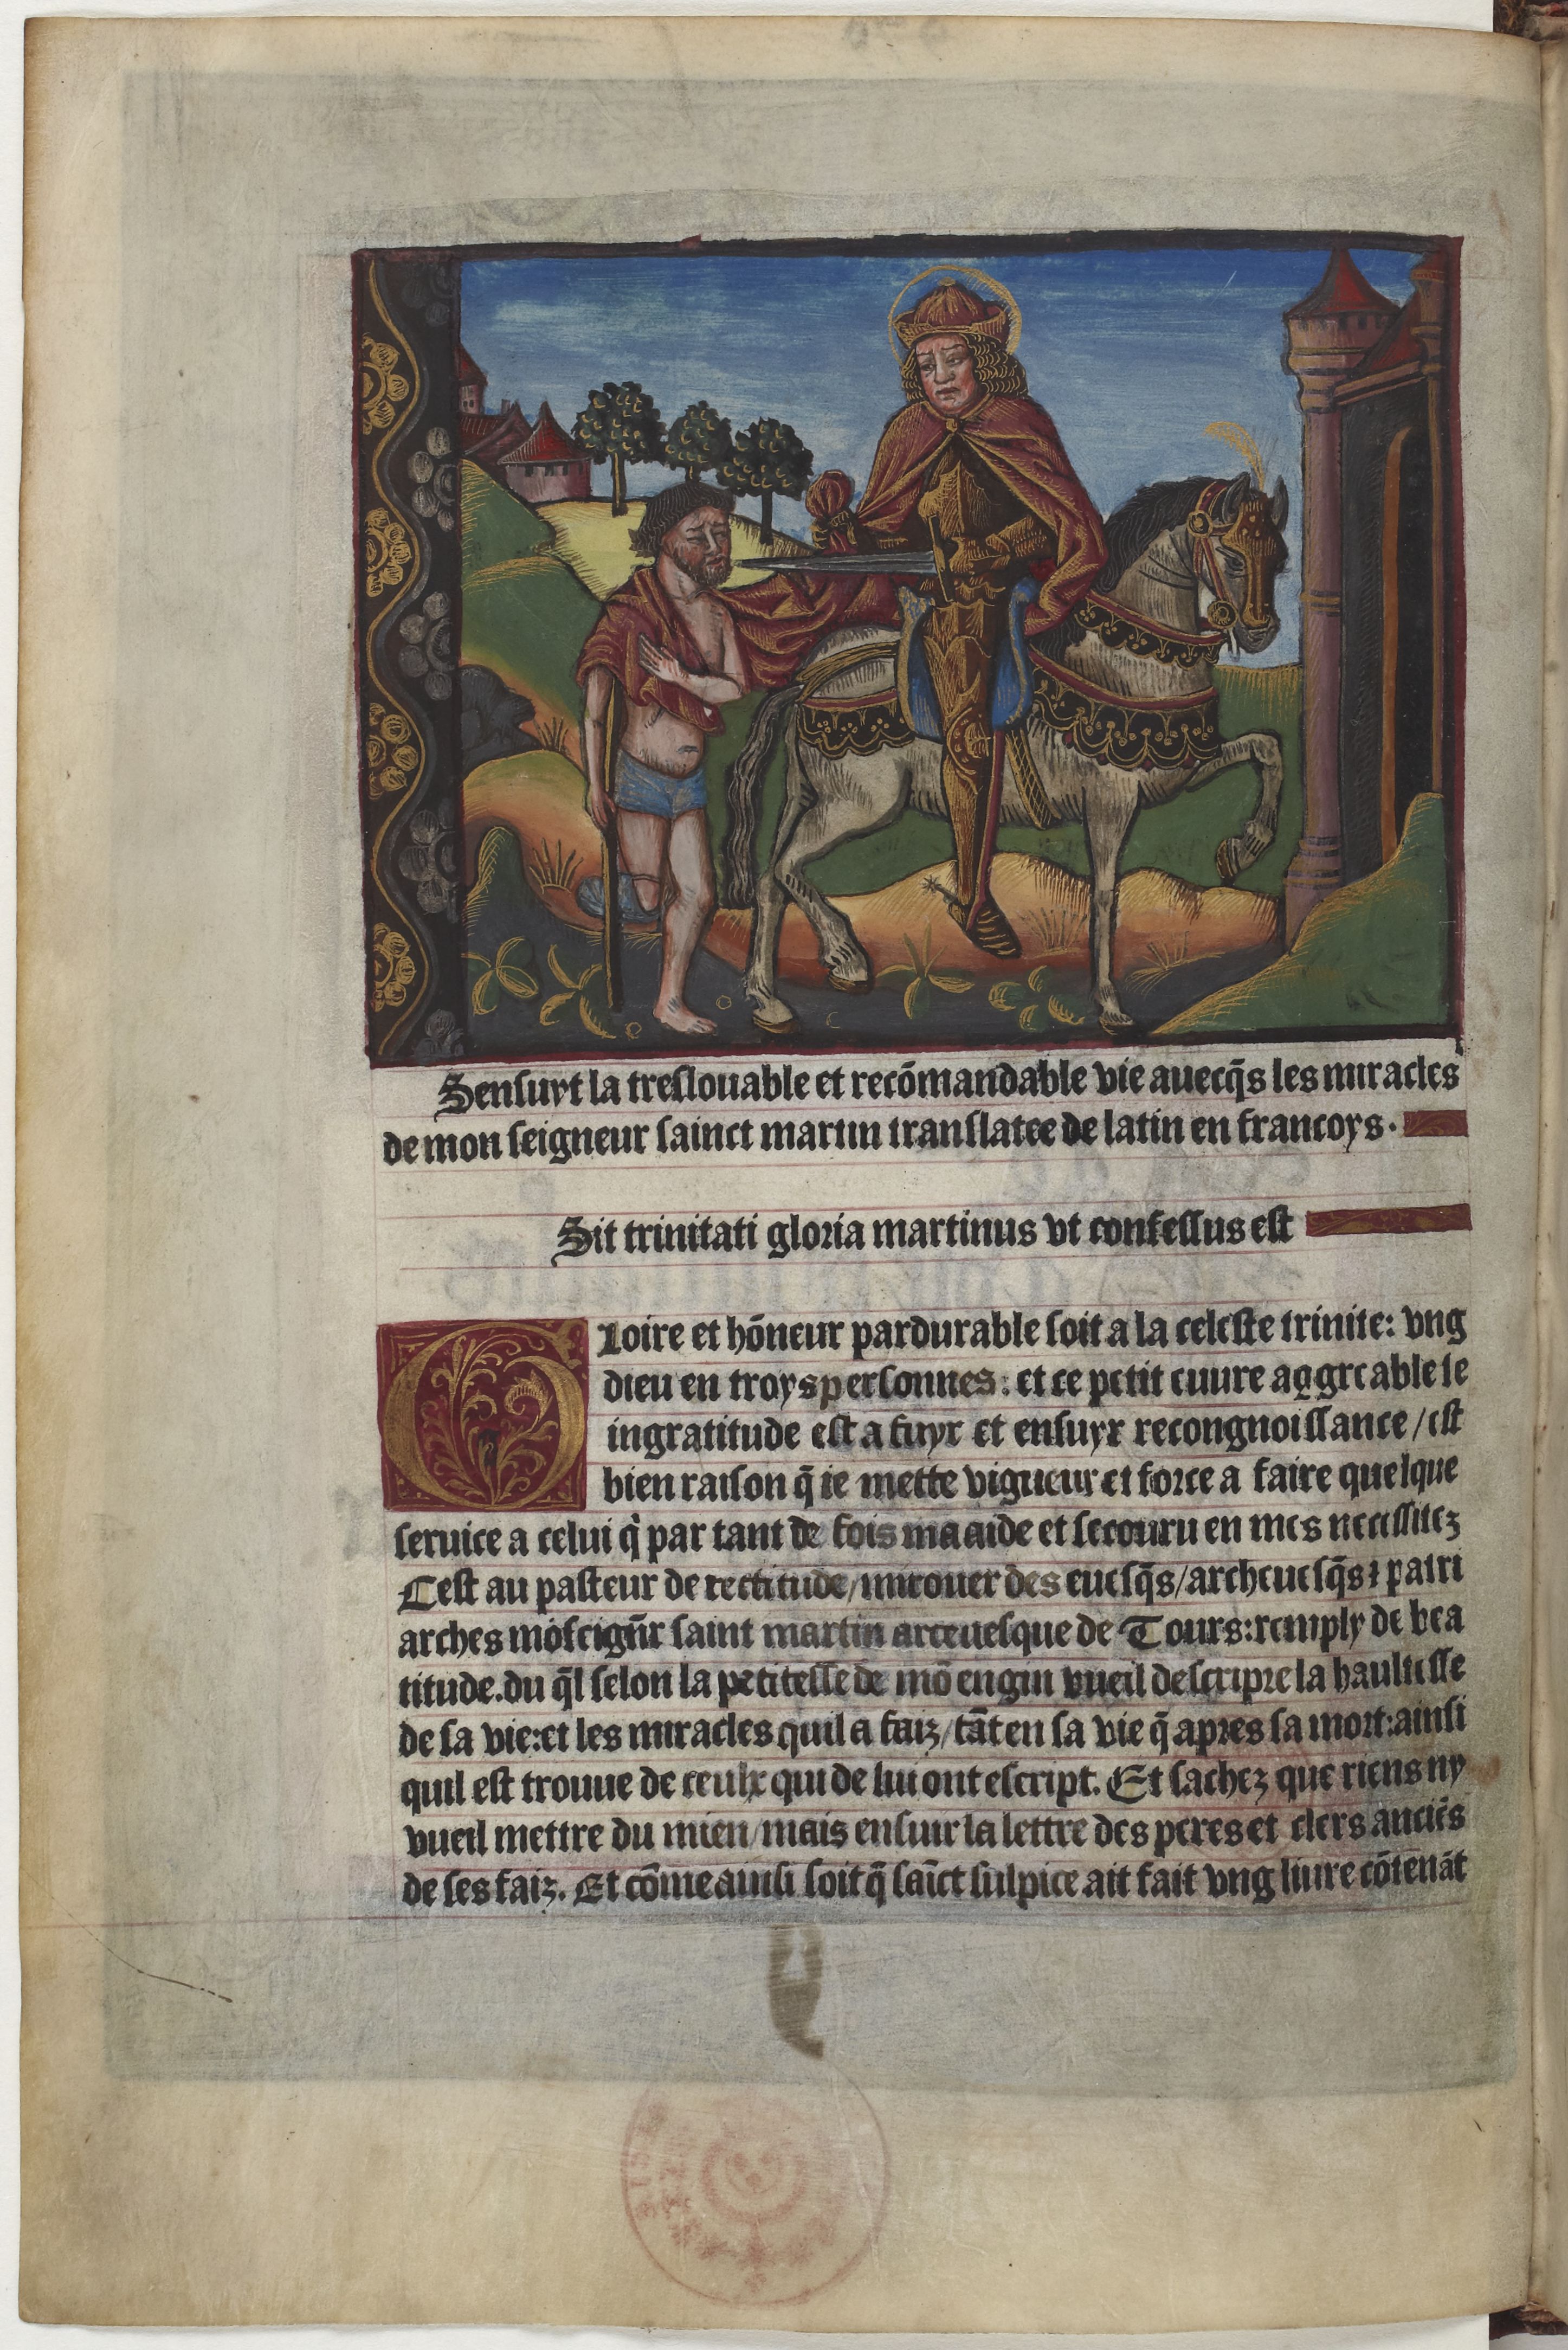
Shelfmark: Paris, BnF, Velins 1159
Century: 15